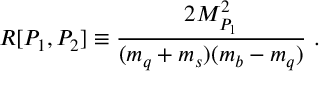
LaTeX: R [ P _ { 1 } , P _ { 2 } ] \equiv \frac { 2 M _ { P _ { 1 } } ^ { 2 } } { ( m _ { q } + m _ { s } ) ( m _ { b } - m _ { q } ) } \ .